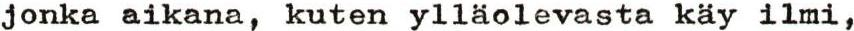
jonka aikana, kuten ylläolevasta käy ilmi,